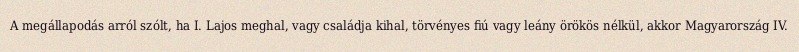
A megállapodás arról szólt, ha I. Lajos meghal, vagy családja kihal, törvényes fiú vagy leány örökös nélkül, akkor Magyarország IV.